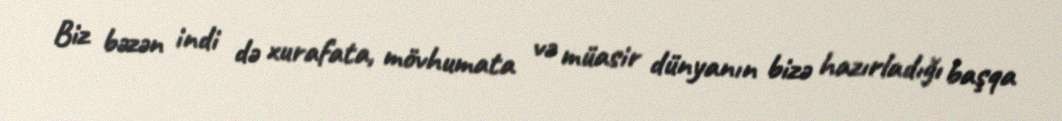
Biz bəzən indi də xurafata, mövhumata və müasir dünyanın bizə hazırladığı başqa